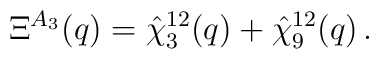
\Xi^{A_{3}}(q)= \hat{\chi}_{3}^{12}(q) + \hat{\chi}_{9}^{12}(q) \, .